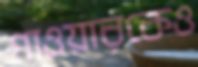
গাওয়ারকেও